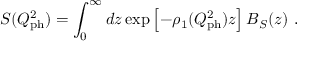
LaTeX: S ( Q _ { \mathrm { p h } } ^ { 2 } ) = \int _ { 0 } ^ { \infty } d z \exp \left[ - { \rho } _ { 1 } ( Q _ { \mathrm { p h } } ^ { 2 } ) z \right] B _ { S } ( z ) \ .